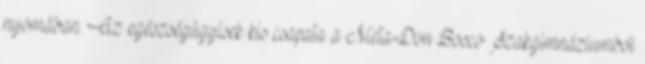
nyomában. Az egészségügyisek kis csapata a Meta-Don Bosco Szakgimnáziumból